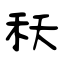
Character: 秗